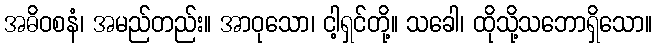
အဓိဝစနံ၊ အမည်တည်း။ အာဝုသော၊ ငါ့ရှင်တို့။ သခေါ၊ ထိုသို့သဘောရှိသော။